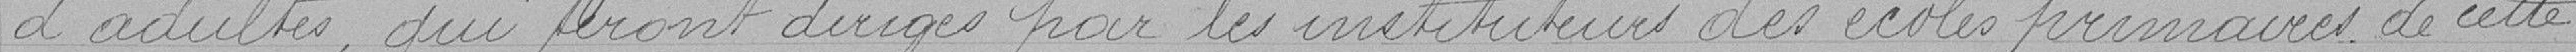
d'adultes, qui seront dirigés par les institutrices des écoles primaires de cette